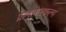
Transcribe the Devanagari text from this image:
ग्रामांतरकल्प